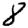
Digit: 8